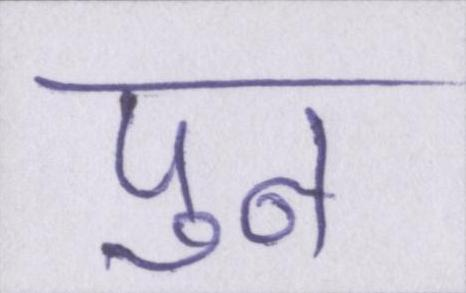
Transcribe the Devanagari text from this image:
पुन